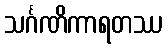
သင်္ဂဏိကာရတဿ